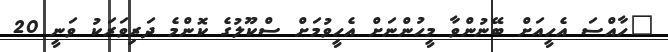
"ހާއްސަ އެހީއަށް ބޭނުންވާ މީހުންނަށް އެހީވުމަށް ސްކޫލުގެ ކޮންމެ ދަރިވަރަކު ވަނީ 20